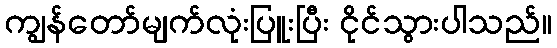
ကျွန်တော်မျက်လုံးပြူးပြီး ငိုင်သွားပါသည်။